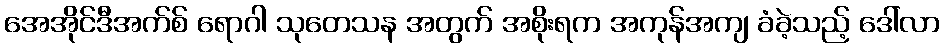
အေအိုင်ဒီအက်စ် ရောဂါ သုတေသန အတွက် အစိုးရက အကုန်အကျ ခံခဲ့သည့် ဒေါ်လာ